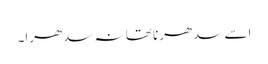
اسے سدھرنا تھا نہ سدھرا۔